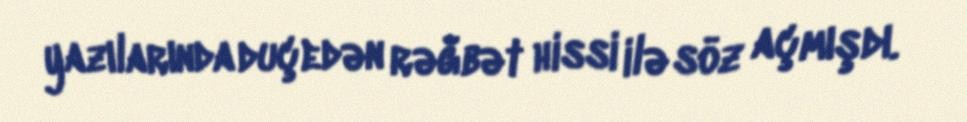
yazılarında duçedən rəğbət hissi ilə söz açmışdı.